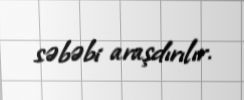
səbəbi araşdırılır.